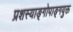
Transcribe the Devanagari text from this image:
प्रशस्याङ्‌गोपाङ्‌गयुक्त